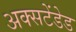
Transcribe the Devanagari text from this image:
अक्सटेंडेड